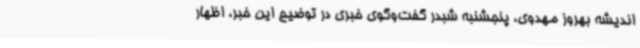
اندیشه بهروز مهدوی، پنجشنبه شبدر گفت‌وگوی خبری در توضیح این خبر، اظهار